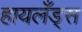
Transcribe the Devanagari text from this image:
हायलँड्स